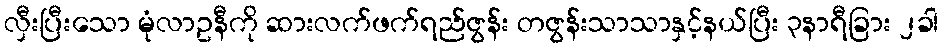
လှီးပြီးသော မုံလာဥနီကို ဆားလက်ဖက်ရည်ဇွန်း တဇွန်းသာသာနှင့်နယ်ပြီး ၃နာရီခြား ၂ခါ